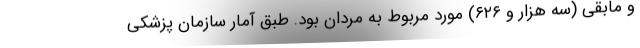
و مابقی (سه هزار و ۶۲۶) مورد مربوط به مردان بود. طبق آمار سازمان پزشکی